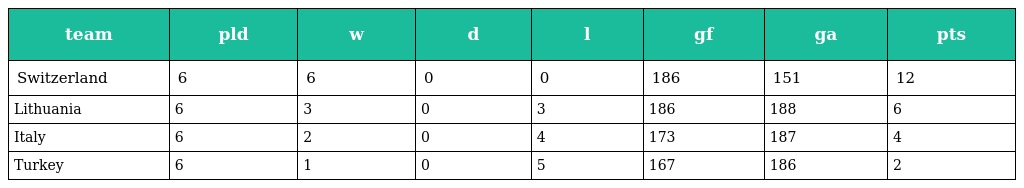
| team | pld | w | d | l | gf | ga | pts |
 | --- | --- | --- | --- | --- | --- | --- | --- |
 | Switzerland | 6 | 6 | 0 | 0 | 186 | 151 | 12 |
 | Lithuania | 6 | 3 | 0 | 3 | 186 | 188 | 6 |
 | Italy | 6 | 2 | 0 | 4 | 173 | 187 | 4 |
 | Turkey | 6 | 1 | 0 | 5 | 167 | 186 | 2 |